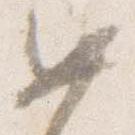
如